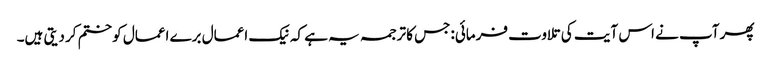
پھر آپ نے اس آیت کی تلاوت فرمائی:جس کا ترجمہ یہ ہے کہ نیک اعمال برے اعمال کو ختم کر دیتی ہیں۔